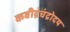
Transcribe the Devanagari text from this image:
कवीद्रंचंद्रोदय